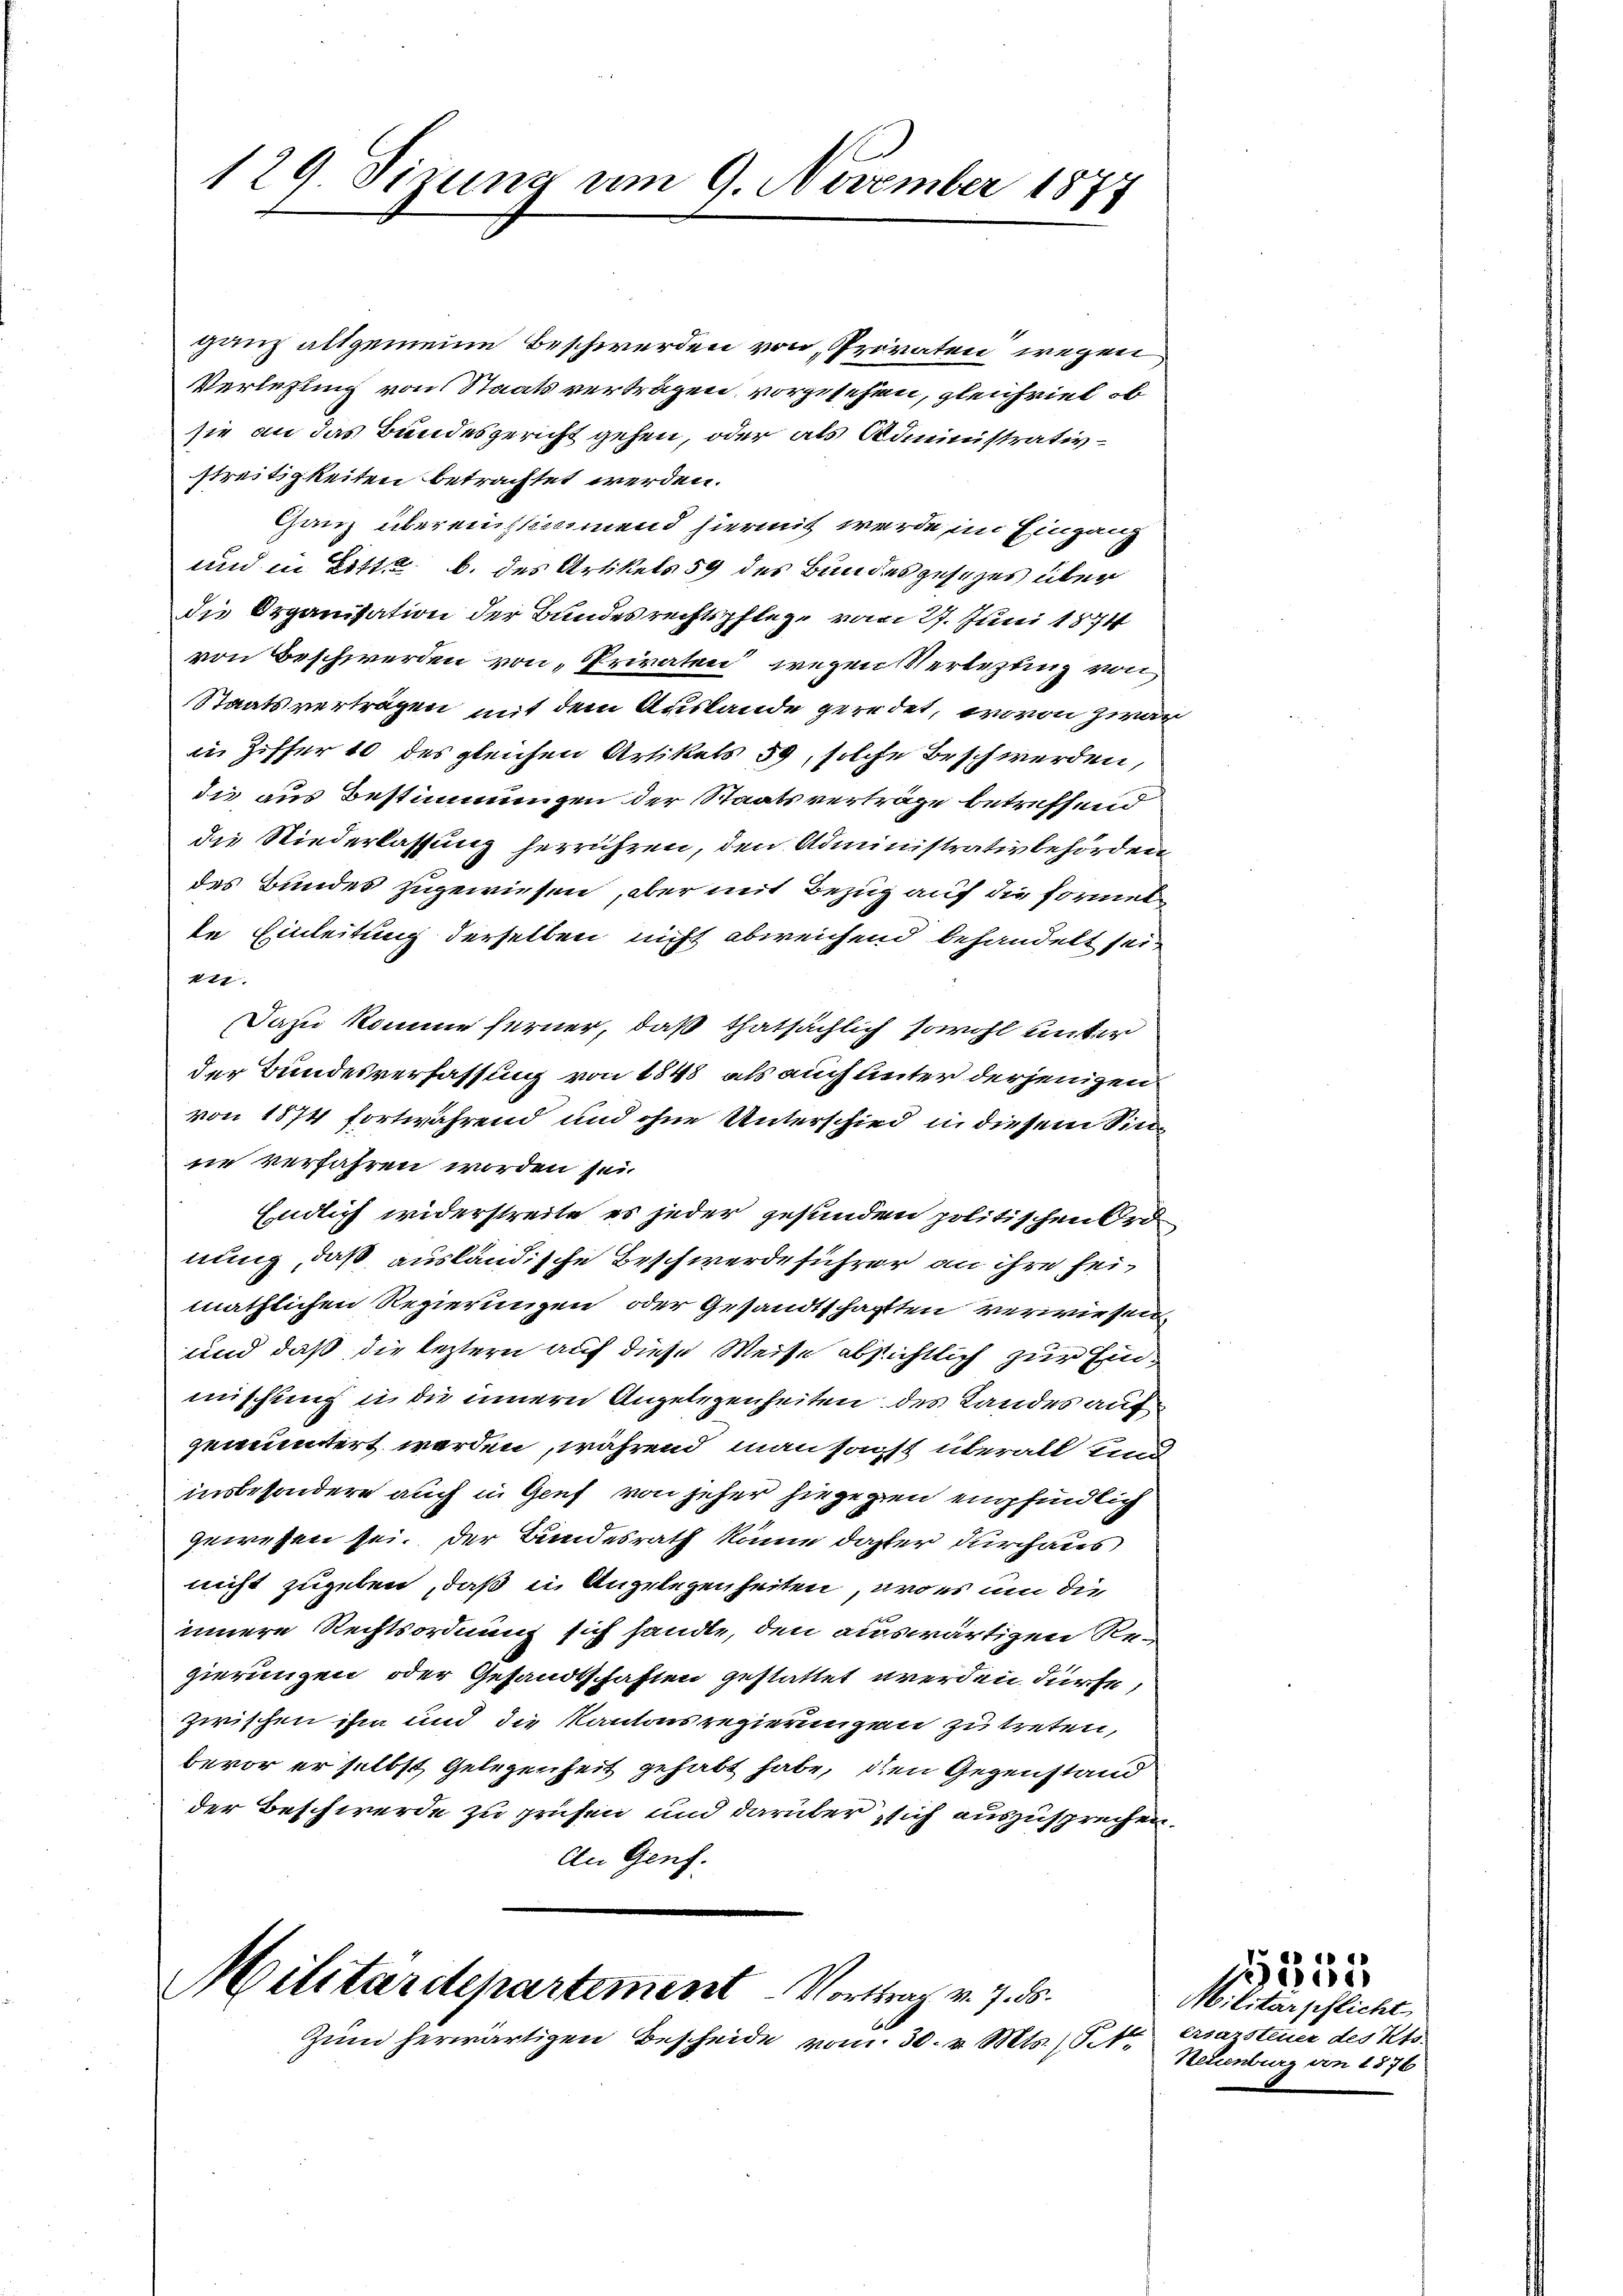
129. Sizung um 9. November 1877

ganz allgemeine Beschwerden von Proraten wegen
Verlegung von Staatsverträgen vorgesehen, gleichviel, ob
sie an das Bundesgericht gehen, oder als Administrativstreitigkeiten betrachtet werden.
Ganz übereinstimmend hiermit werde im Eingang
und in Litt. b. des Artikels 59 des Bundesgesezes über
die Organisation der Bundesrechtspflege vom 27. Juni 1874
von Beschwerden von „Priraten“ wegen Verlegung von
Staatsverträgen mit dem Auslande geredet, wovon zwar
in Ziffer 10 des gleichen Artikels 59, solche Beschwerden,
die aus Bestimmungen der Staatsverträge betreffend
die Niederlassung herrühren, den Administrativbehörden,
des Bundes zugewiesen, aber mit Bezug auf die formet
te Einleitung derselben nicht abweichend behandelt sein
477.
Dazu komme ferner, daß thatsächlich sowohl unter
der Bundesverfassung von 1848 als auch unter derjenigen
von 1874 fortwährend und ohne Unterschied in diesem Sinne verfahren worden sei.
Endlich widerstreite es jeder gesunden politischen Ord
nung, daß ausländische Beschwerde führer an ihre seimäthlichen Regierungen oder Gesandtschafften verwiesen.
und daß die leztern auf diese Weise absichtlich zur Einmschung u. die innern Angelegenheiten des Landes auf
gemuntert werden, während man sagst überall und
insbesondere auch in Genf von jeher hingegen empfindlich
gewesen sei. Der Bundesrath könne daher durchaus
nicht zugeben, daß ein Angelegenheiten, wo es um die
innere Rechtsordnung sich sandte, den auswärtigen Regierungen oder Gesandtschaften gestattet werden dürfe,
zwischen ihm und die Kantonsregierungen zu treten,
bevor er selbst Gelegenheit gehabt habe, den Gegenstand
der Beschwerde zu prüfen und darüber sich auszusprechen.
An Genf.

Militärdepartement Vortrag v. 7. ds.
Zum herwärtigen Bescheide vom 30. v. Mts. (N.

Militärschlicht
ersazsteuer des Kts.
Neuenburg von 1876

15355